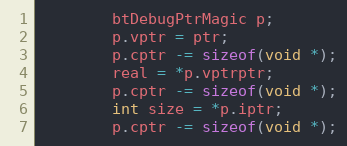
Language: C++
		btDebugPtrMagic p;
		p.vptr = ptr;
		p.cptr -= sizeof(void *);
		real = *p.vptrptr;
		p.cptr -= sizeof(void *);
		int size = *p.iptr;
		p.cptr -= sizeof(void *);